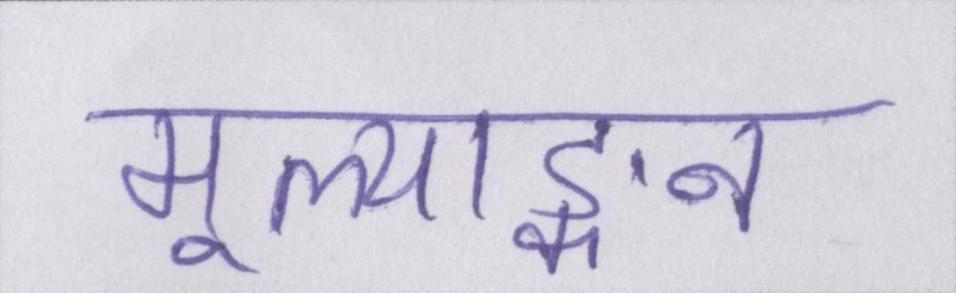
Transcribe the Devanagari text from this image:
मूल्याङ्कन